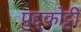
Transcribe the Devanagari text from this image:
पुद्दुकोट्टी